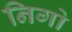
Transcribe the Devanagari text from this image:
निगो